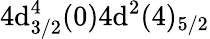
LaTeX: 4\mathrm{d}_{3/2}^{4}(0)4\mathrm{d}^{2}(4)_{5/2}